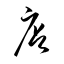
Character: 店